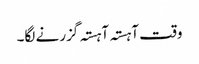
وقت آہستہ آہستہ گزرنے لگا۔